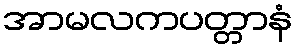
အာမလကပတ္တာနံ